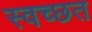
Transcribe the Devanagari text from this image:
स्वच्छत